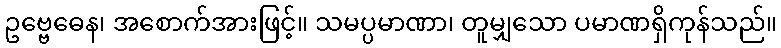
ဥဗ္ဗေဓေန၊ အစောက်အားဖြင့်။ သမပ္ပမာဏာ၊ တူမျှသော ပမာဏရှိကုန်သည်။